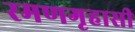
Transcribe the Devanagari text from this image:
रमणगृहासी